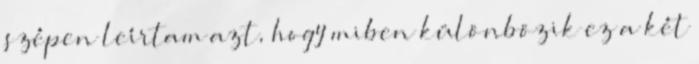
szépen leírtam azt, hogy miben különbözik ez a két